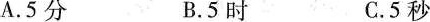
A.5分B.5时C.5秒